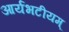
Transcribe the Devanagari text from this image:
आर्यभटीयम्‌